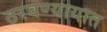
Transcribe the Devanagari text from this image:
ठरवण्यायात